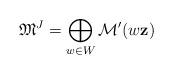
LaTeX: \begin{align*} \mathfrak{M}^J = \bigoplus_{w \in W} \mathcal{M}'(w \mathbf{z})\end{align*}